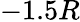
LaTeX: -1.5R